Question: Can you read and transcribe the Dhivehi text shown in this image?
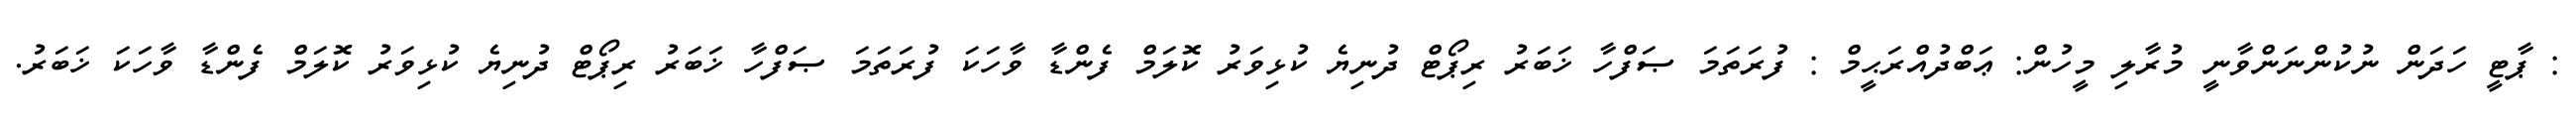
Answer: : ޕާޓީ ހަދަން ނުކުންނަންވާނީ މުރާލި މީހުން: ޢަބްދުއްރަޙީމް : ފުރަތަމަ ޞަފްހާ ޚަބަރު ރިޕޯޓް ދުނިޔެ ކުޅިވަރު ކޮލަމް ފެންޑާ ވާހަކަ ފުރަތަމަ ޞަފްހާ ޚަބަރު ރިޕޯޓް ދުނިޔެ ކުޅިވަރު ކޮލަމް ފެންޑާ ވާހަކަ ޚަބަރު.